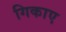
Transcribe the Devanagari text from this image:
गिकाए